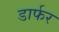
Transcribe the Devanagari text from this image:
डार्फर